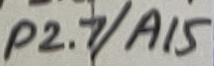
Text: P2.7/A15